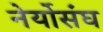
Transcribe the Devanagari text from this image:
नेर्योसंघ